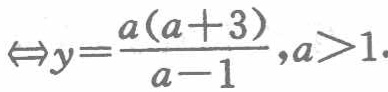
$\Leftrightarrow y=\frac{a(a + 3)}{a - 1},a>1.$